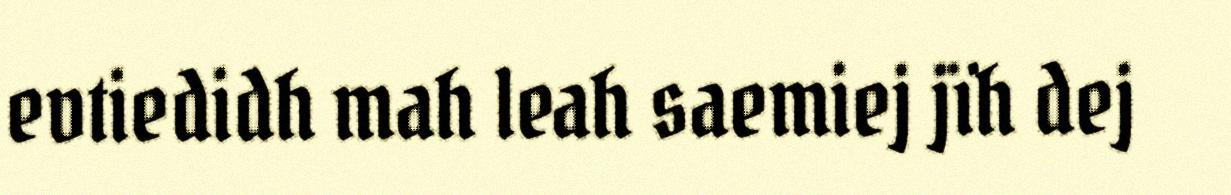
evtiedidh mah leah saemiej jïh dej